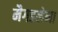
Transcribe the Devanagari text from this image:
मैगडलेना